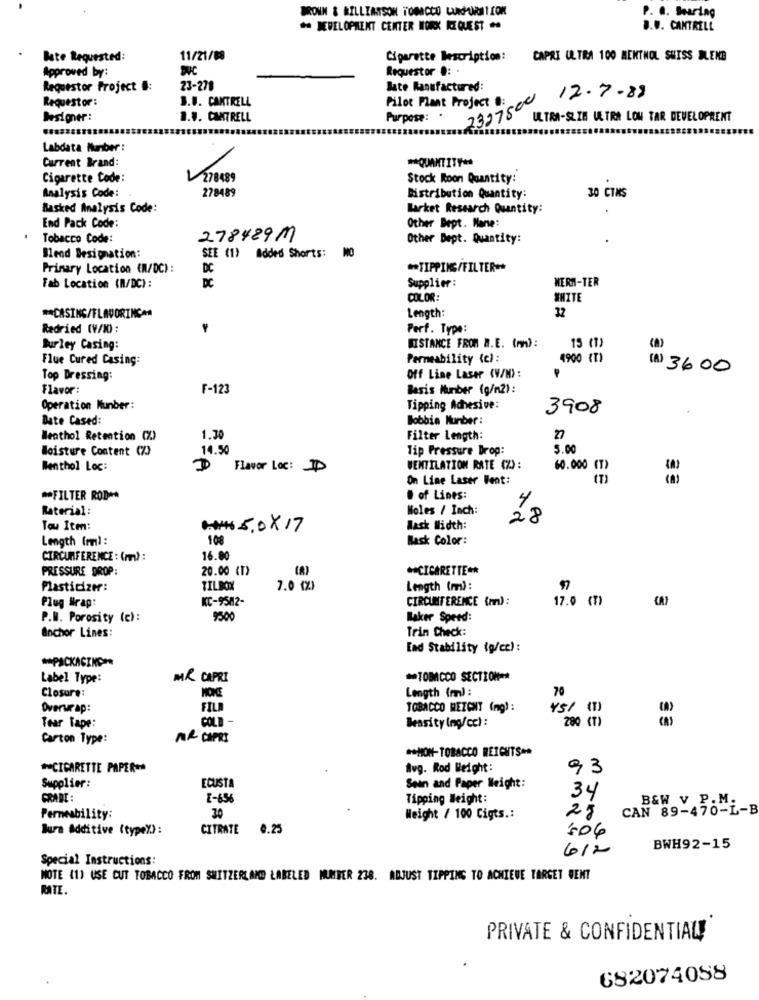
BROWN & BILLIASSON TOBACCO LAMURETION
P. a. Searing
DEVELOPMENT CENTER WORK REQUEST
B ... CANTRELL
Bate Requested:
11/21/88
Cigarette Description:
CAPRI ULTRA 100 MENTHOL SWISS BLENE
Approved by:
Requestor .:
Requestor Project #:
23-278
Bate Manufactured:
Requestor :
3.U. CANTRELL
Pilot Plant Project .
12.7-88
2327500
Designer:
B.V. CANTRELL
Purpose: .
ULTRA-SLIH ULTRA LOW TAR DEVELOPRENT
Labdata Number :
** QUANTITY+
Current Brand:
Cigarette Code:
L278489
Stock Roon Quantity:
Analysis Code:
278489
30 CTMS
Distribution Quantity:
Masked Analysis Code:
Market Research Quantity:
Other Bept. Mane:
End Pack Code:
Tobacco Code:
278489M
Other Dept. Quantity:
Blend Designation:
SEE (1) Added Shorts: MO
Primary Location (M/DC) :
DC
** TIPPING/FILTER **
DC
Supplier :
WERM-TER
Fab Location (M/DC):
COLOR:
WHITE
Length:
12
** CASING/FLAVORING##
Redried (V/XX) :
Perf. Type:
Burley Casing:
DISTANCE FROM M.E. (mm):
15 (1)
Flue Cured Casing:
Permeability (c):
4900 (T)
(8) 3600
Top Dressing:
Off Line Laser (V/H) :
Flavor :
F-123
Basis Number (g/m2) :
Operation Munber:
Tipping Adhesive:
3908
Date Cased:
Bobbin Number :
Menthol Retention (%)
1.30
Filter Length:
27
Moisture Content CZ)
14.50
Tip Pressure Drop:
5.00
Menthol Loc:
Flavor Loc: ID
VENTILATION RATE (%) :
60.000 (T)
On Line Laser Went:
** FILTER ROD **
# of Lines:
4
Material:
Noles / Inch:
28
Tou Iten:
### 5, 0 X 17
Mask Width:
Length (mm) :
108
Bask Color:
CIRCUMFERENCE : (m) :
16.80
PRESSURE DROP:
20.00 (T)
(A)
** CIGARETTE **
Plasticizer:
TILBOX
7.0 (%)
Length (mm):
97
Plug Wrap:
KC-9582-
CIRCUMFERENCE (mm) :
17.0 (T)
(A)
P.M. Porosity (c) :
9500
Baker Speed:
Anchor Lines:
Trin Check:
[ad Stability (g/ce) :
** PACKAGING **
Label Type:
MR CAPRI
** TOBACCO SECTION **
MORE
Length (m) :
70
Closure:
Overwrap:
FILA
TOBACCO MEZCNT (mg) :
YS/ (1)
COLD -
280 (T)
Tear Tape:
Beasity (ng/cc) :
Carton Type:
MR CAPRI
** MON-TOBACCO REICHTS **
** CIGARETTE PAPER **
Avg. Rod Weight:
93
Supplier:
ECUSTA
Sean and Paper Weight:
GRADE:
E-656
Tipping Weight:
34
20
CAN 89-470-L-B
B&W V. P. M.
Permeability:
Weight / 100 Cigts .:
28
Bura Additive (type%):
CITRATE 0.25
'506
612
BWH92-15
Special Instructions:
MOTE 41) USE CUT TOBACCO FROM SWITZERLAND LABELED MUMBER 238. ADJUST TIPPING TO ACHIEVE TARGET WENT
RATE.
PRIVATE & CONFIDENTIAL!
682074088